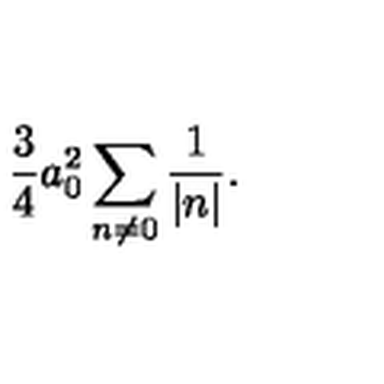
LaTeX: { \frac { 3 } { 4 } } a _ { 0 } ^ { 2 } \sum _ { n \neq 0 } { \frac { 1 } { | n | } } .